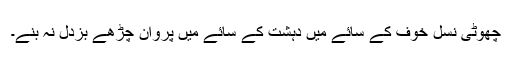
چھوٹی نسل خوف کے سائے میں دہشت کے سائے میں پروان چڑھے بزدل نہ بنے۔